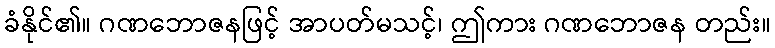
ခံနိုင်၏။ ဂဏဘောဇနဖြင့် အာပတ်မသင့်၊ ဤကား ဂဏဘောဇန တည်း။